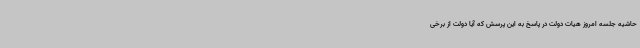
حاشیه جلسه امروز هیات دولت در پاسخ به این پرسش که آیا دولت از برخی